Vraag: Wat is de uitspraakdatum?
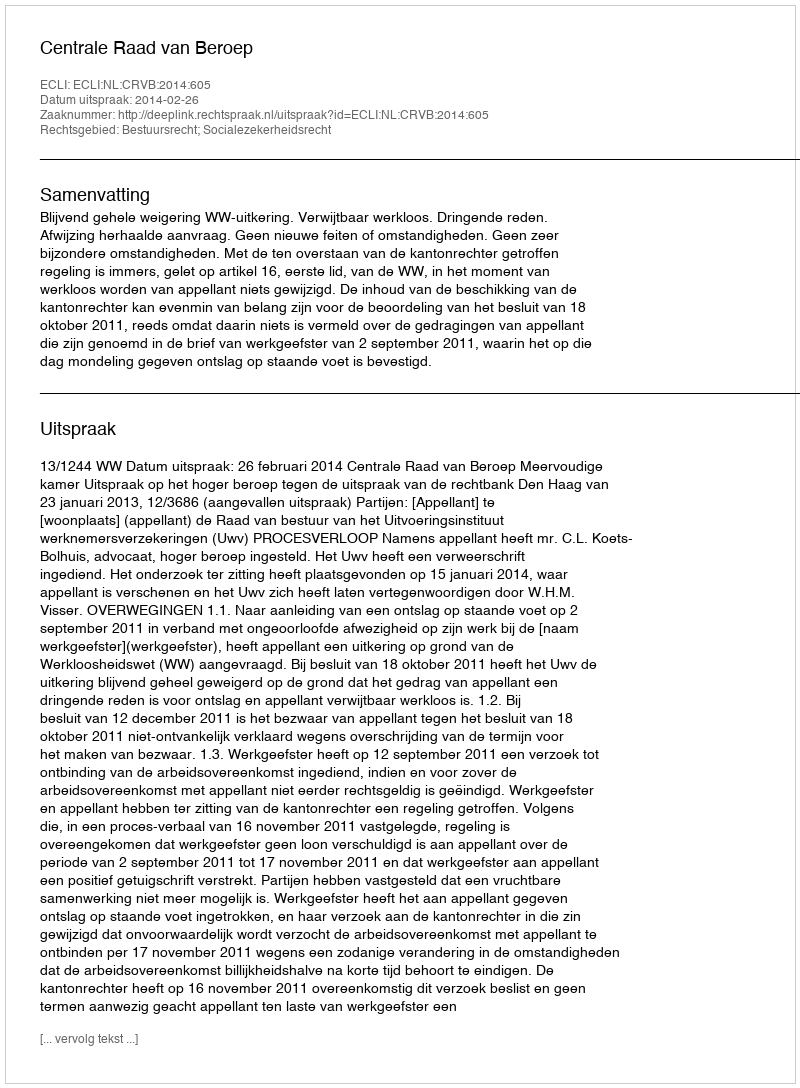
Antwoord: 2014-02-26